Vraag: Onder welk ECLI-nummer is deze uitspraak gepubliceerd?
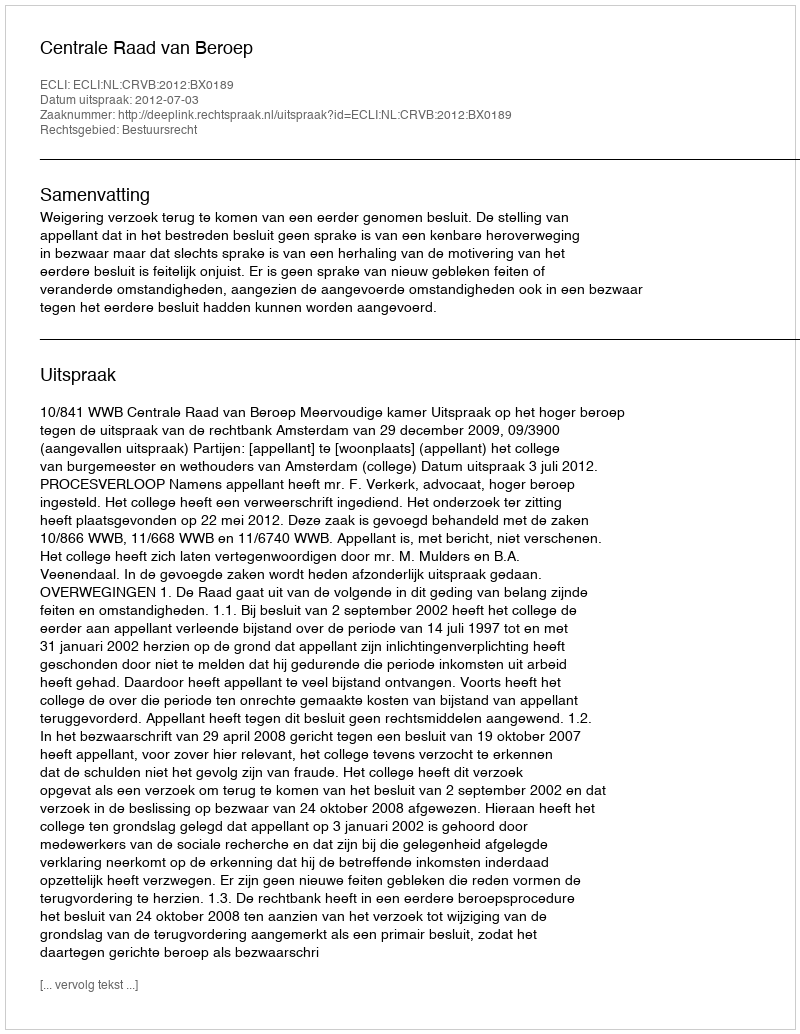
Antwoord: ECLI:NL:CRVB:2012:BX0189